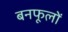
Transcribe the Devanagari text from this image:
बनफूलों